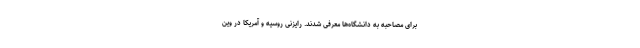
برای مصاحبه به دانشگاه‌ها معرفی شدند. رایزنی روسیه و آمریکا در وین